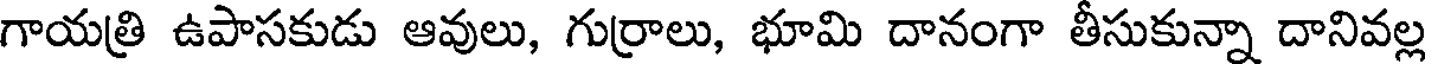
గాయత్రి ఉపాసకుడు ఆవులు, గుర్రాలు, భూమి దానంగా తీసుకున్నా దానివల్ల